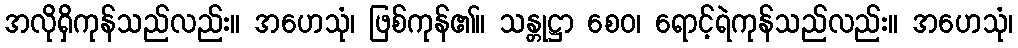
အလိုရှိကုန်သည်လည်း။ အဟေသုံ၊ ဖြစ်ကုန်၏။ သန္တုဋ္ဌာ စေဝ၊ ရောင့်ရဲကုန်သည်လည်း။ အဟေသုံ၊